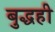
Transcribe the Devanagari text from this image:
बुद्धही